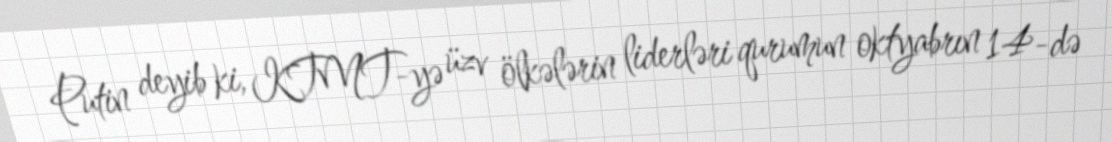
Putin deyib ki, KTMT-yə üzv ölkələrin liderləri qurumun oktyabrın 14-də